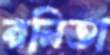
রনিতা